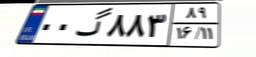
۵۹گ۵۵۰۹۵